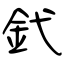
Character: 釴